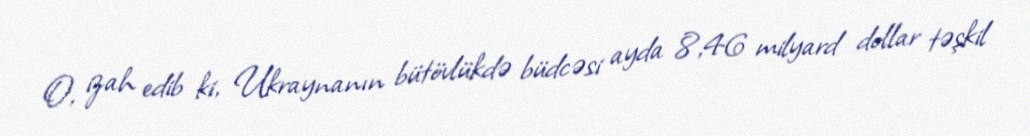
O, izah edib ki, Ukraynanın bütövlükdə büdcəsi ayda 8,46 milyard dollar təşkil